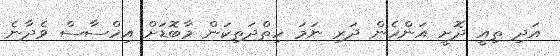
އަދި ތިއީ ދޮށީ އަންހެން ދަރި ނަމަ ހިތްދަތިކަން މާބޮޑަށް އިހްސާސް ވެދާނެ